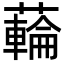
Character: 𮒜